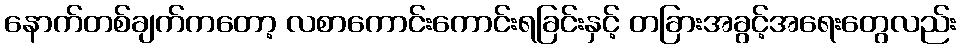
နောက်တစ်ချက်ကတော့ လစာကောင်းကောင်းရခြင်းနှင့် တခြားအခွင့်အရေးတွေလည်း